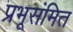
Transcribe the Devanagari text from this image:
प्रभूसंमित